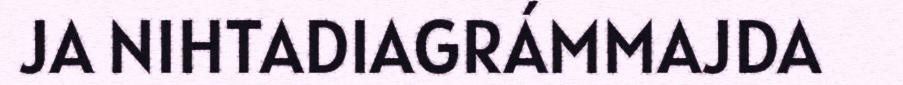
JA NIHTADIAGRÁMMAJDA